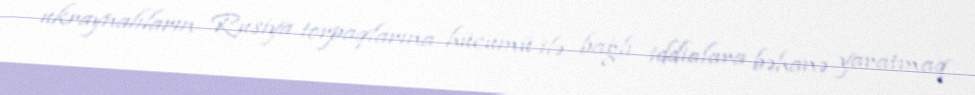
ukraynalıların Rusiya torpaqlarına hücumü ilə bağlı iddialara bəhanə yaratmaq